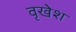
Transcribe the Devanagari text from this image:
वृखेश